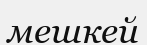
мешкей